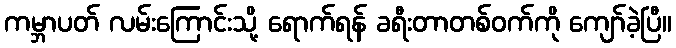
ကမ္ဘာပတ် လမ်းကြောင်းသို့ ရောက်ရန် ခရီးတာတစ်ဝက်ကို ကျော်ခဲ့ပြီ။